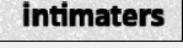
intimaters